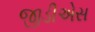
જીડીએસ